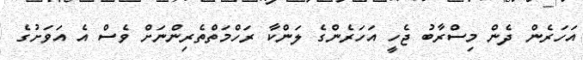
އަހަރެން ދެން މިސްރާބު ޖެހީ އަހަރެންގެ ލަންކާ ރަހްމަތްތެރިންނަށް ވެސް އެ އަވަށުގެ